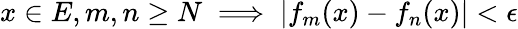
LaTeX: x\in E,m,n\geq N\implies|f_{m}(x)-f_{n}(x)|<\epsilon